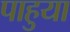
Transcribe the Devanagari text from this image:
पाहुया